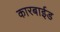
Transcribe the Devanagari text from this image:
कारबाईड